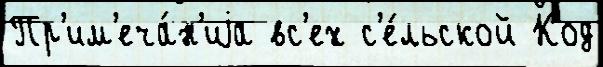
Пр'им'еча́н'иjа вс'ех с'е́льской Код